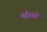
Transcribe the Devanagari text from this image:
मंदीतही